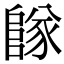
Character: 𨺵